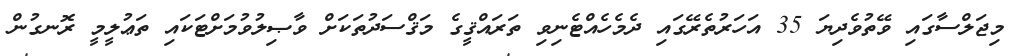
މިޖަލްސާގައި ވޭތުވެދިޔަ 35 އަހަރުތެރޭގައި ދެމެހެއްޓެނިވި ތަރައްޤީގެ މަޤްސަދުތަކަށް ވާޞިލުވުމަށްޓަކައި ތަޢުލީމީ ރޮނގުން